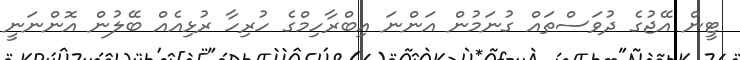
ޓީން އޭޖުގެ ދުވަސްތައް ގުނަމުން އަންނަ އިބްރާހިމްގެ ހުރިހާ ރުޅިއެއް ބޭލުން އޮންނަނީ